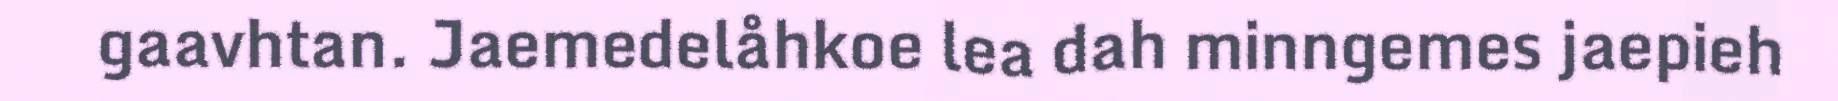
gaavhtan. Jaemedelåhkoe lea dah minngemes jaepieh